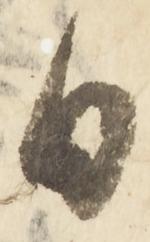
日